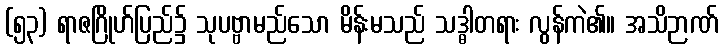
(၅၃) ရာဇဂြိုဟ်ပြည်၌ သုပဗ္ဗာမည်သော မိန်းမသည် သဒ္ဓါတရား လွန်ကဲ၏။ အသိဉာဏ်